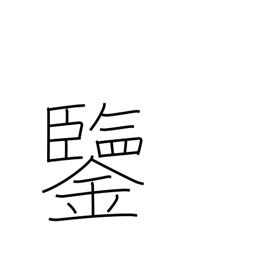
Meaning: example